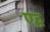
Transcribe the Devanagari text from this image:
एद्ध